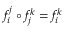
f _ { i } ^ { j } \circ f _ { j } ^ { k } = f _ { i } ^ { k }